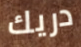
دريك